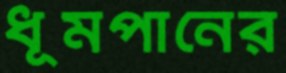
ধূমপানের